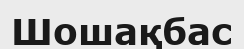
Шошақбас